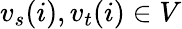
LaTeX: {v_{s}}(i),{v_{t}}(i)\in V